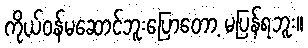
ကိုယ်ဝန်မဆောင်ဘူးပြောတော့ မပြန်ရဘူး။